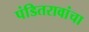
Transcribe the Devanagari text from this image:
पंडितरावांचा